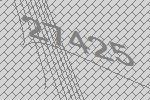
27425